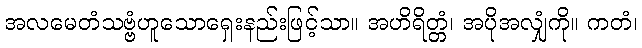
အလမေတံသဗ္ဗံဟူသောရှေးနည်းဖြင့်သာ။ အဟိရိတ္တံ၊ အပိုအလျှံကို။ ကတံ၊